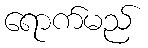
ရောက်မည်